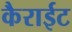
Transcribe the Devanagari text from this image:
कैराईट